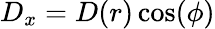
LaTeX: D_{x}=D(r)\cos(\phi)